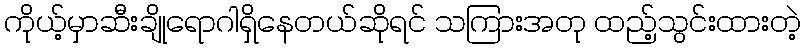
ကိုယ့်မှာဆီးချိုရောဂါရှိနေတယ်ဆိုရင် သကြားအတု ထည့်သွင်းထားတဲ့